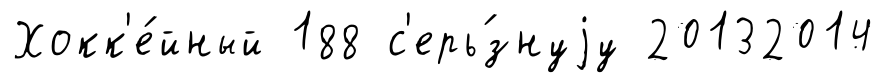
Хокк'е́йный 188 с'ерь́знуjу 20132014